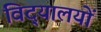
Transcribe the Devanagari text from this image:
विद्‌यालयों